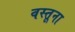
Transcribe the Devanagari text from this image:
वस्तूना